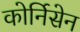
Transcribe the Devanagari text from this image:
कोर्निसेन